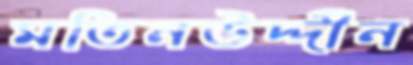
মতিনউদ্দীন